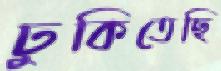
ঢুকিতেছি